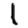
Digit: 1